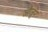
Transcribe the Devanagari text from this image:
जौज़ून